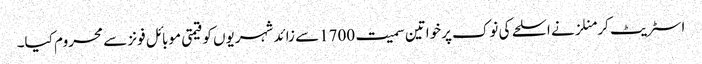
اسٹریٹ کر منلزنے اسلحے کی نوک پرخواتین سمیت 1700سے زائد شہریوں کو قیمتی موبائل فونز سے محروم کیا۔